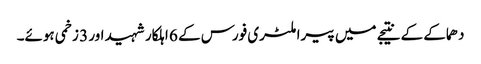
دھماکے کے نتیجے میں پیرا ملٹری فورس کے 6 اہلکار شہید اور 3 زخمی ہوئے۔